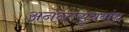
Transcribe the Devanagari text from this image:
अनन्तसूत्रबांध